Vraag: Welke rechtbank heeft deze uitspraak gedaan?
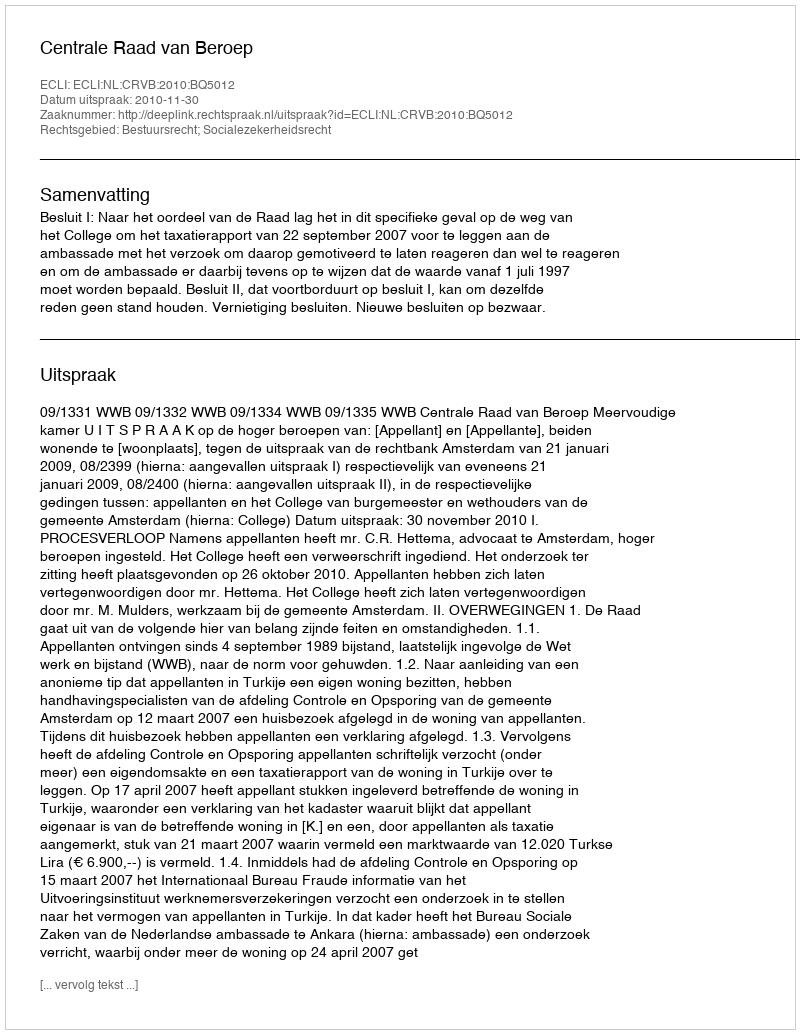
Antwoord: Centrale Raad van Beroep